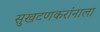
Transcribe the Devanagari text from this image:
सुखटणकरांनाला